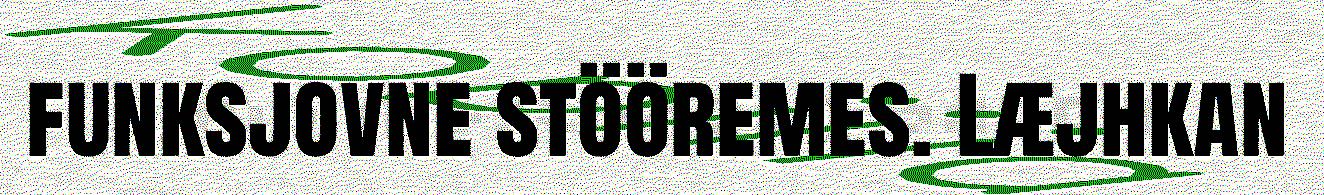
funksjovne stööremes. Læjhkan